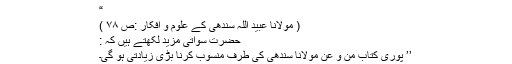
“
( مولانا عبید اللہ سندھیؒ کے علوم و افکار :ص ۷۸ )
حضرت سواتیؒ مزید لکھتے ہیں کہ :
’’ پوری کتاب من و عن مولانا سندھیؒ کی طرف منسوب کرنا بڑی زیادتی ہو گی۔